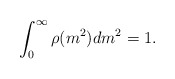
\begin{align*}\int_0^{\infty}\rho(m^2)dm^2=1.\end{align*}